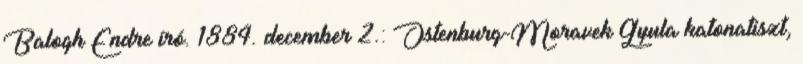
Balogh Endre író. 1884. december 2.: Ostenburg-Moravek Gyula katonatiszt,